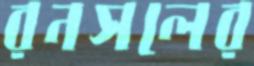
রনসলের